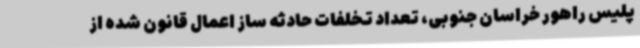
پلیس راهور خراسان جنوبی، تعداد تخلفات حادثه ساز اعمال قانون شده از